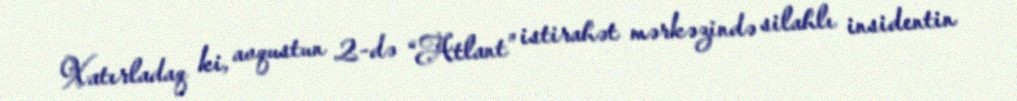
Xatırladaq ki, avqustun 2-də “Atlant” istirahət mərkəzində silahlı insidentin